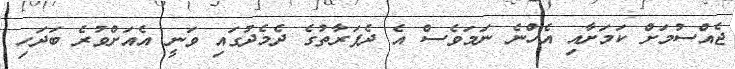
ޖެއްސުމަށް ކަމަށާއި އެހްނެ ނަމަވެސް އެ ދެފަރާތުގެ ދެމެދުގައި ވަނީ އެއަށްވުރެ ބަދަހި